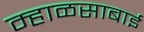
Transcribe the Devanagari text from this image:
म्हाळसाबाई